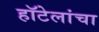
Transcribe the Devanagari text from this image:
हॉटेलांचा